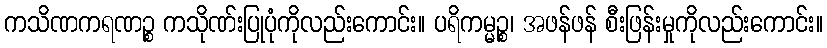
ကသိဏကရဏဉ္စ ကသိုဏ်းပြုပုံကိုလည်းကောင်း။ ပရိကမ္မဉ္စ၊ အဖန်ဖန် စီးဖြန်းမှုကိုလည်းကောင်း။